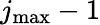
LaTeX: j_{\mathrm{max}}-1